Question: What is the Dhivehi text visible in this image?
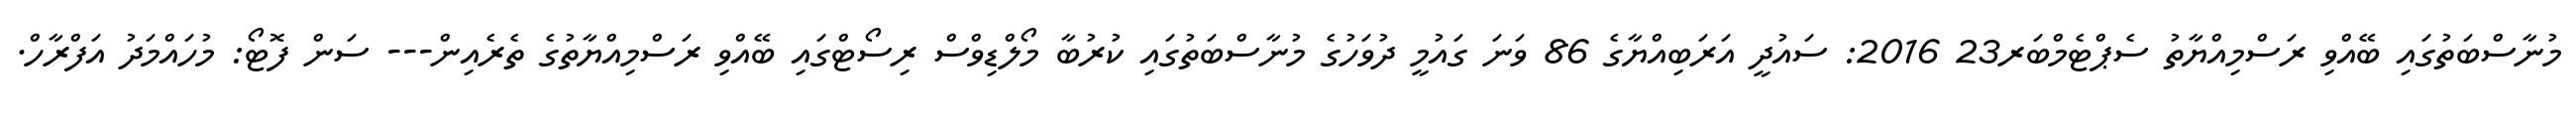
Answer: މުނާސްބަތުގައި ބޭއްވި ރަސްމިއްޔާތު ސެޕްޓެމްބަރ23 2016: ސައުދީ އަރަބިއްޔާގެ 86 ވަނަ ގައުމީ ދުވަހުގެ މުނާސްބަތުގައި ކުރުބާ މޯލްޑިވްސް ރިސޯޓްގައި ބޭއްވި ރަސްމިއްޔާތުގެ ތެރެއިން--- ސަން ފޮޓޯ: މުހައްމަދު އަފްރާހް.